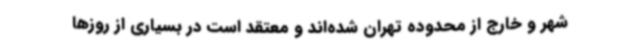
شهر و خارج از محدوده تهران شده‌اند و معتقد است در بسیاری از روزها